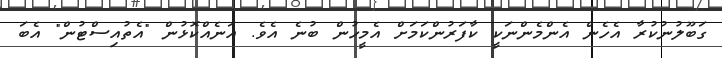
ގަބޫލުނުކުރާ އެހެން އެންމެންނަކީ ކާފަރުންކަމަށް އެމީހުން ބުނެ އެވެ. އަނެއްކޮޅުން "އެތުއިސްޓުން" އެބަ